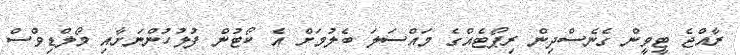
ރާއްޖެ ޓީވީން ގެނެސްދިން ރިޕޯޓެއްގެ މައްސަލަ ބެލުމަށް އެ ކޯޓުން ފުލުހުންނަށާއި މޯލްޑިވްސް